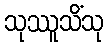
သုဿူသိံသု